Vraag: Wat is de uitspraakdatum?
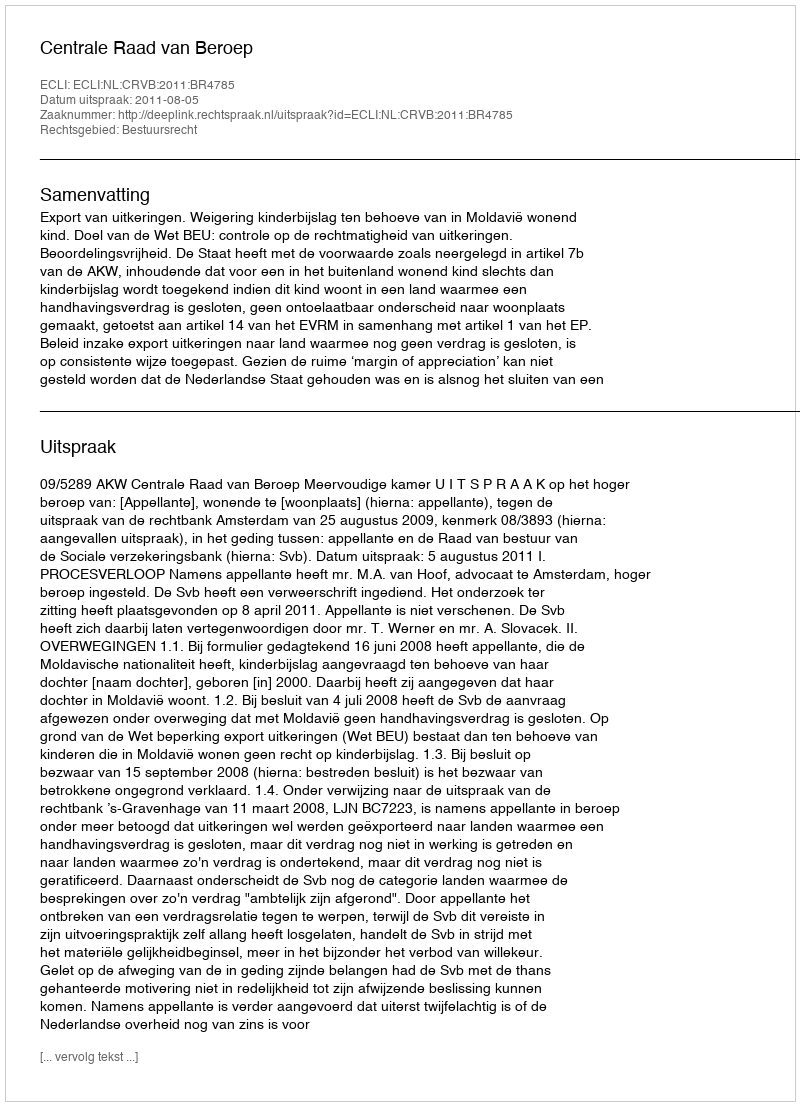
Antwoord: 2011-08-05